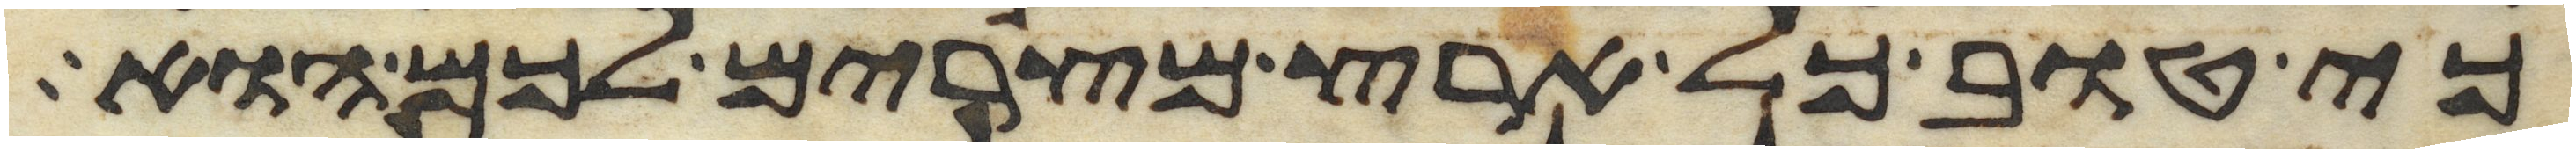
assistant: כי טוב כל ארץ מצרים לכם הוא